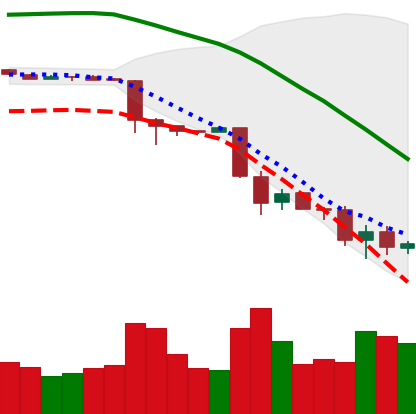
Ticker: BTC-USD
Chart end date: 2018-11-27
Forward return: 8.353%
Label: up_7plus